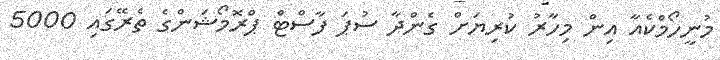
މުނީހޯމްކެއާ އިން މިހާރު ކުރިޔަށް ގެންދާ ސުޕަ ފާސްޓް ޕްރޮމޯޝަންގެ ތެރޭގައި 5000